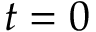
t = 0